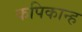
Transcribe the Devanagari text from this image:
कपिकान्ह